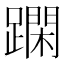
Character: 𨅽